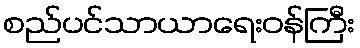
စည်ပင်သာယာရေးဝန်ကြီး